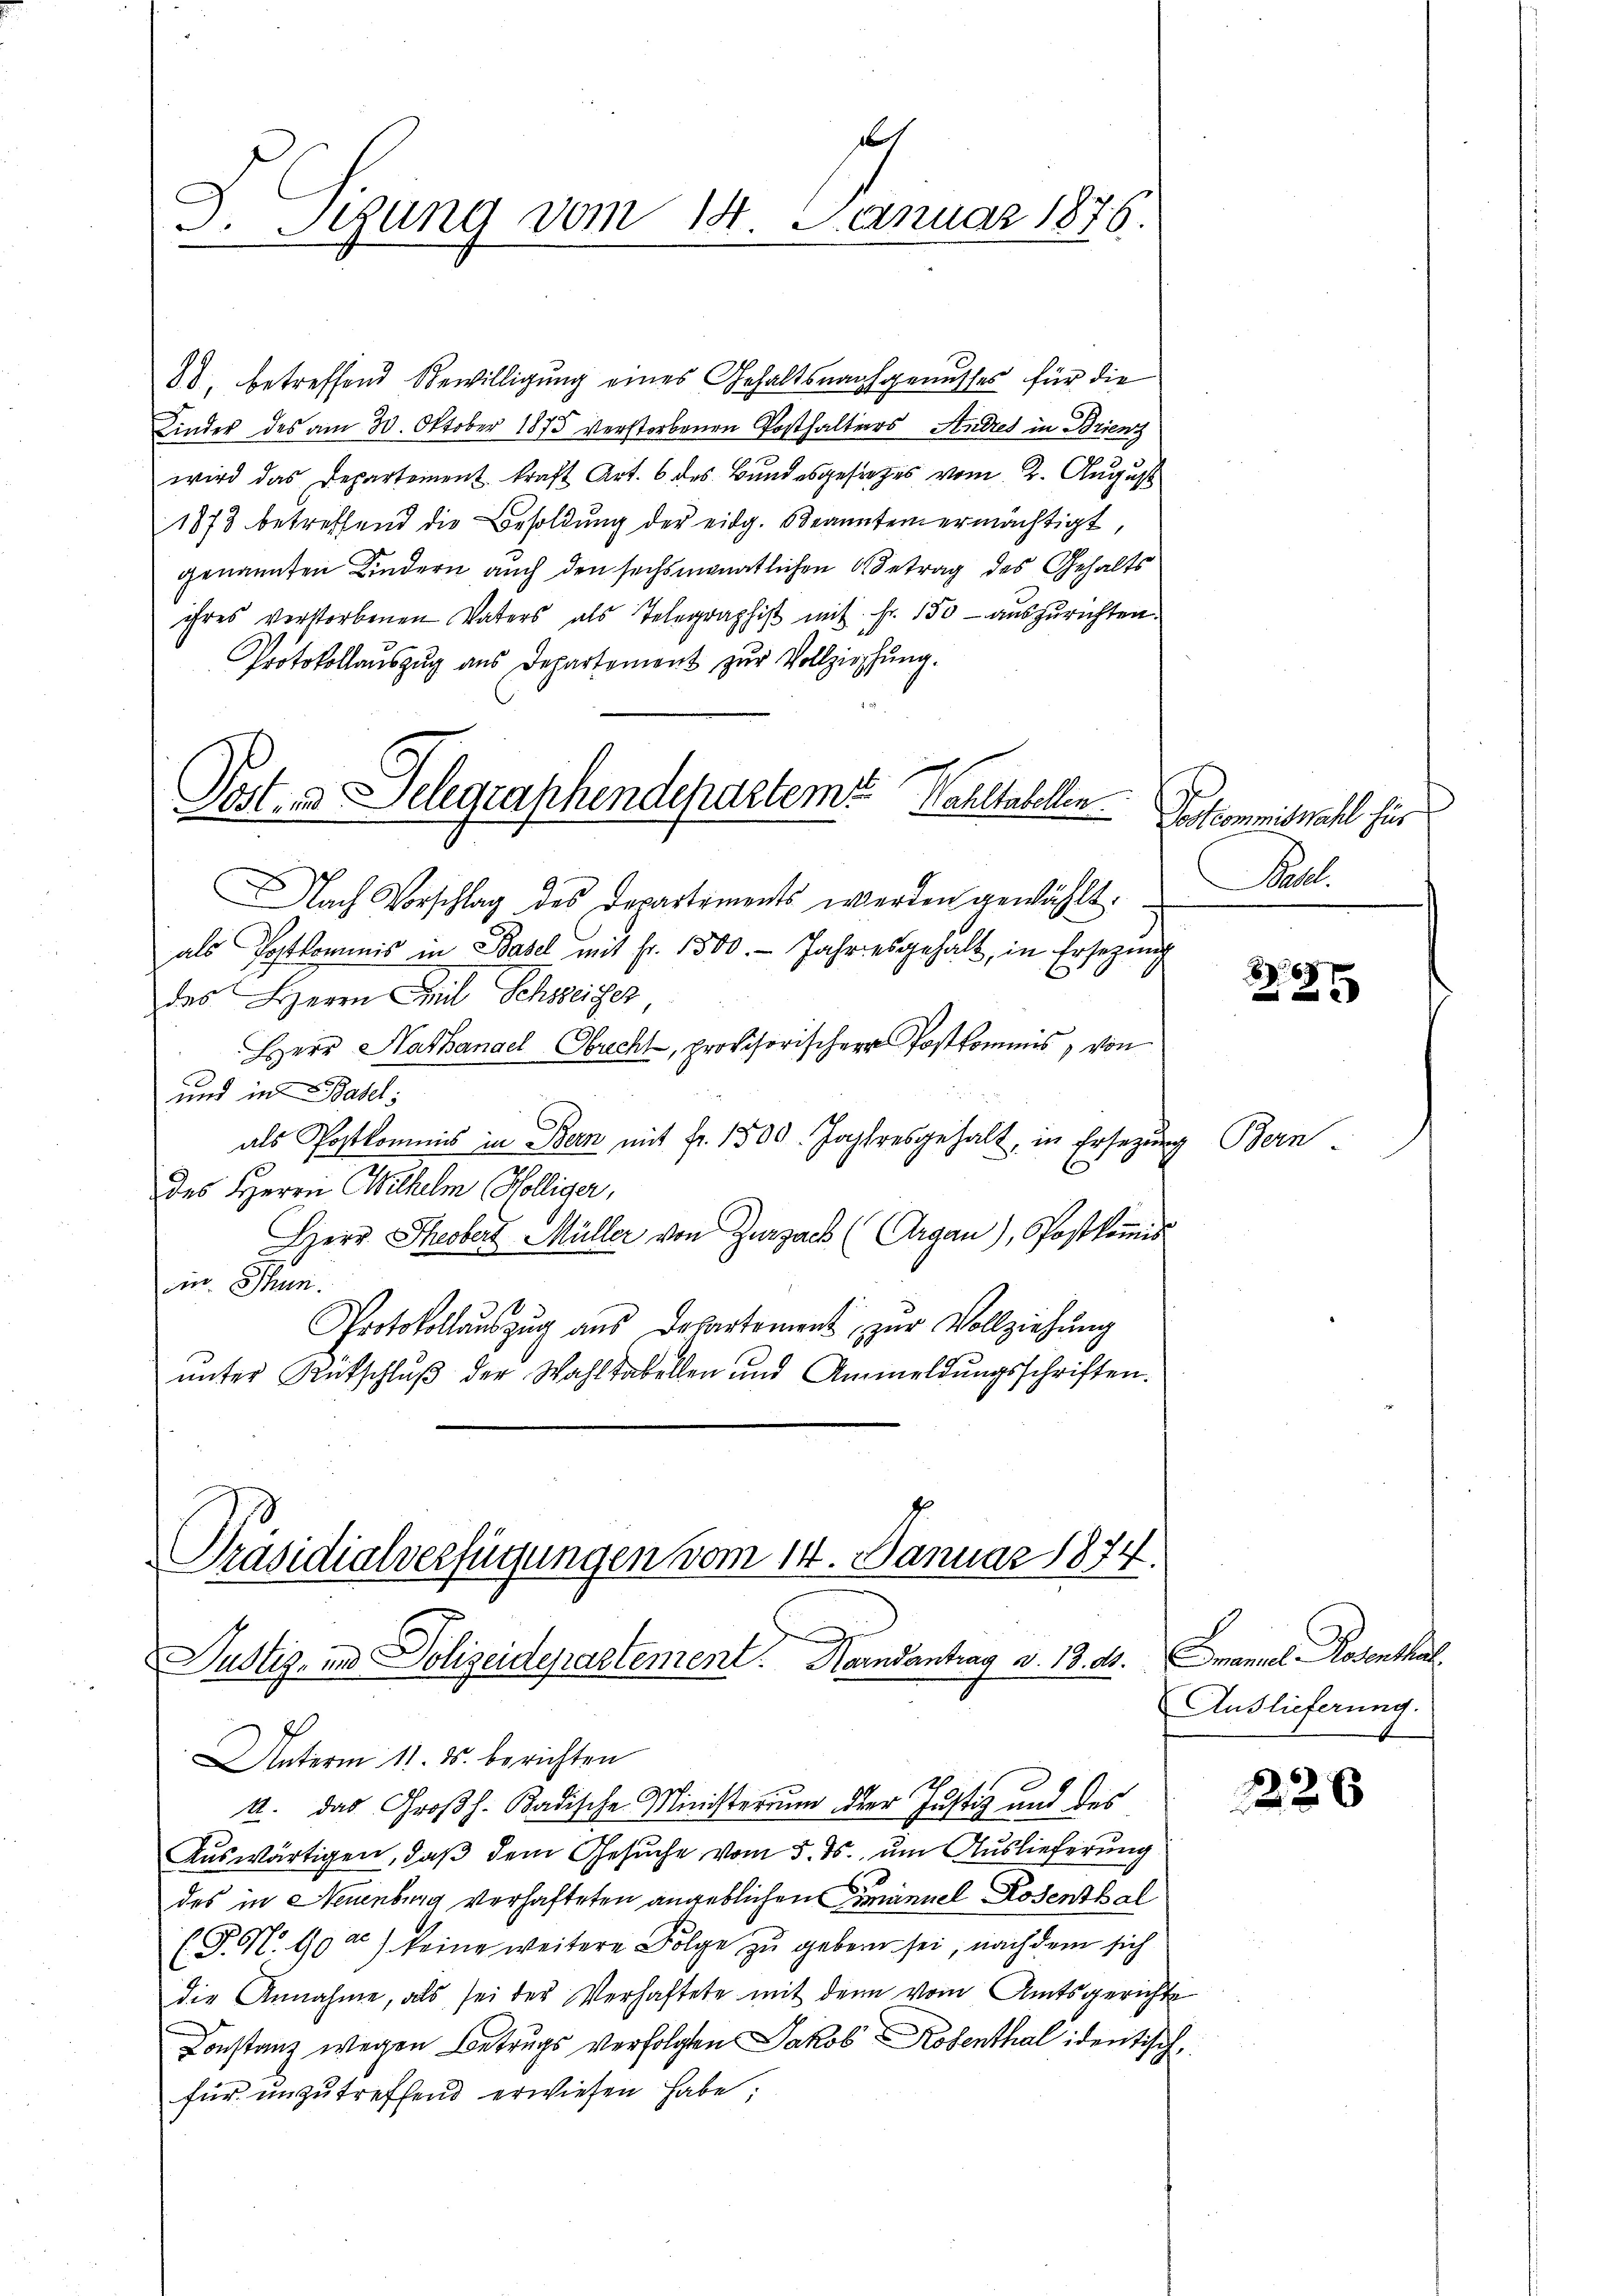
88, betreffend Bewilligung eines Gehaltsnachgenusses für die
Kinder des am 30. Oktober 1875 verstorbenen Posthalters Andres in Brienz
wird das Departement kraft Art. 6 des Bŭndesgesiches vom 2. August
1873 betreffend die Besoldung der eidg. Beantern ermächtigt,
genannten Kindern auch den sechsmonatlichen Betrag des Gehalts
ihres verstorbenen Vaters als Telegraphist mit Fr. 150 aŭszŭrichten.
Protokollaŭszŭg ans Departement zŭr Vollziehŭng.
Nach Vorschlag des Departements werden gewählt.
als Postkommis in Basel mit Fr. 1500. Jahres gehalt, in Ersezung
des Herrn Teil Schweiger
Herr Hanhangel Obrecht, provisorischer Postkommis, von
und in Basel:
als Postkommis in Bern mit fr. 1500. Jahresgehalt, in Ersezung
C
des Herrn Wilhelm Hölliger,
Herr Theobert Müller von Zurzack (Argau), Postkomis
in Thun.
Protokollaŭszŭg aŭs Departement zŭr Vollziehŭng
unter Rutschluß der Wahl tabellen und Anmeldungsschriften.

1
J. Sitzung vom 14. Januar 1876.

Post- & Gelegraphendepartem Waltabellen.

Präsidialverfügungen vom 14. Januar 1874.
Justiz- und Polizeidepartement. Harndantrag v. 13. ds. manuel Rosenthal

Postcommiswahl für
Raal.

Unterm 11. ds. berichten
.
1. das Großh. Badische Ministerium der Justiz und des
Auswärtigen, daß dem Gesuche vom 5. ds. um Auslieferung
des in Neuenburg verhafteten angeblichen Ermanuel Rosenthal
(. P. M. 102) keine weitere Folge zu geben sei, nach dem sich
die Annahme, als sei der Verhaftete mit den vom Amtsgerichte
Constanz wegen Betrugs verfolgten Jakob Rosenthal identische
für unzutreffend erwiesen habe;

86

Bern.

Auslieferung.

226